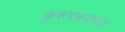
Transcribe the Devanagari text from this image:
कुरूंदकरांच्या